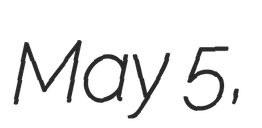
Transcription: May 5,